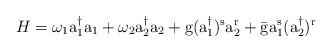
LaTeX: \begin{align*}H = \omega_1 \rm a_1^{\dagger} a_1 + \omega_2 \rm a_2^{\dagger} a_2 +\rm g (a_1^{\dagger})^s a_2^r + \bar {\rm g} a_1^s (a_2^{\dagger})^r\end{align*}